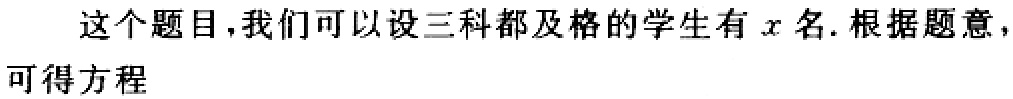
这个题目，我们可以设三科都及格的学生有\(x\)名. 根据题意，可得方程